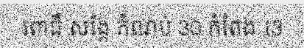
ពោធិ៍ សង្កែ កំណប់ 30 កំពែង 13